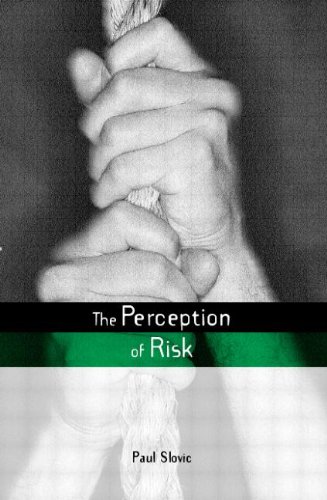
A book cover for The Perception of Risk (Risk, Society and Policy); Paul Slovic; Business & Money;